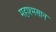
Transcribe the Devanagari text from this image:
महाश्मसान